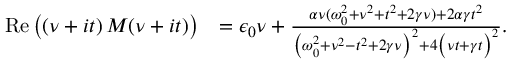
\begin{array} { r l } { \operatorname { R e } { \bigl ( \left( \nu + i t \right) M ( \nu + i t ) \bigr ) } } & { = \epsilon _ { 0 } \nu + \frac { \alpha \nu ( \omega _ { 0 } ^ { 2 } + \nu ^ { 2 } + t ^ { 2 } + 2 \gamma \nu ) + 2 \alpha \gamma t ^ { 2 } } { \bigl ( \omega _ { 0 } ^ { 2 } + \nu ^ { 2 } - t ^ { 2 } + 2 \gamma \nu \bigr ) ^ { 2 } + 4 \bigl ( \nu t + \gamma t \bigr ) ^ { 2 } } . } \end{array}